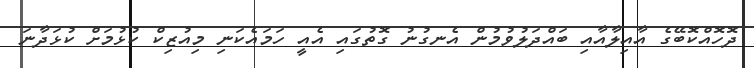
ދޮހޮއްކޮބޭގެ އާއިލާއާއި ބައްދަލުވުމުން އެނގުނު ގޮތުގައި އެއީ ހަމައެކަނި މިއުޒިކް ކުޅުމަށް ކުޅަދާނަ